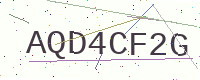
Text: AQD4CF2G